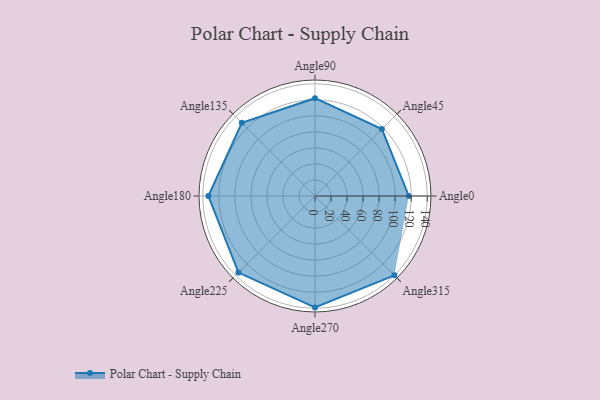
{"axis": {"x": "Angle", "y": "Radius"}, "legend": [""], "data": [{"x": "Angle0", "y": 117.0, "type": ""}, {"x": "Angle45", "y": 118.0, "type": ""}, {"x": "Angle90", "y": 122.0, "type": ""}, {"x": "Angle135", "y": 129.0, "type": ""}, {"x": "Angle180", "y": 133.0, "type": ""}, {"x": "Angle225", "y": 135.0, "type": ""}, {"x": "Angle270", "y": 139.0, "type": ""}, {"x": "Angle315", "y": 140.0, "type": ""}]}